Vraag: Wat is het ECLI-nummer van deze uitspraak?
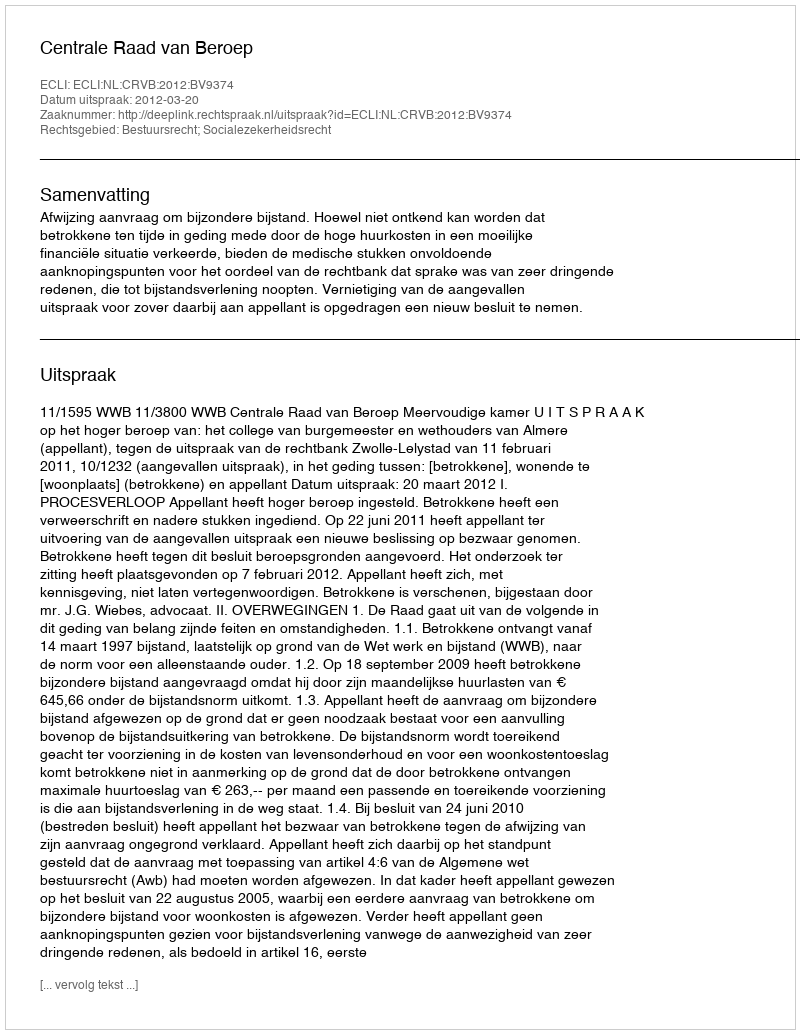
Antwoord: ECLI:NL:CRVB:2012:BV9374